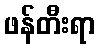
ဖန်တီးရာ